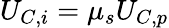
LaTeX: U_{C,i}=\mu_{s}U_{C,p}